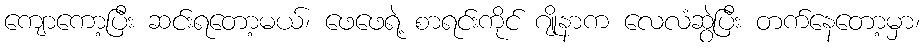
ကျောကော့ပြီး ဆင်းရတော့မယ်၊ ဖေဖေရဲ့ စာရင်းကိုင် ဂျိုနာက လေလံဆွဲပြီး တက်နေတော့မှာ၊